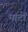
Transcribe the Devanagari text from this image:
मांटों